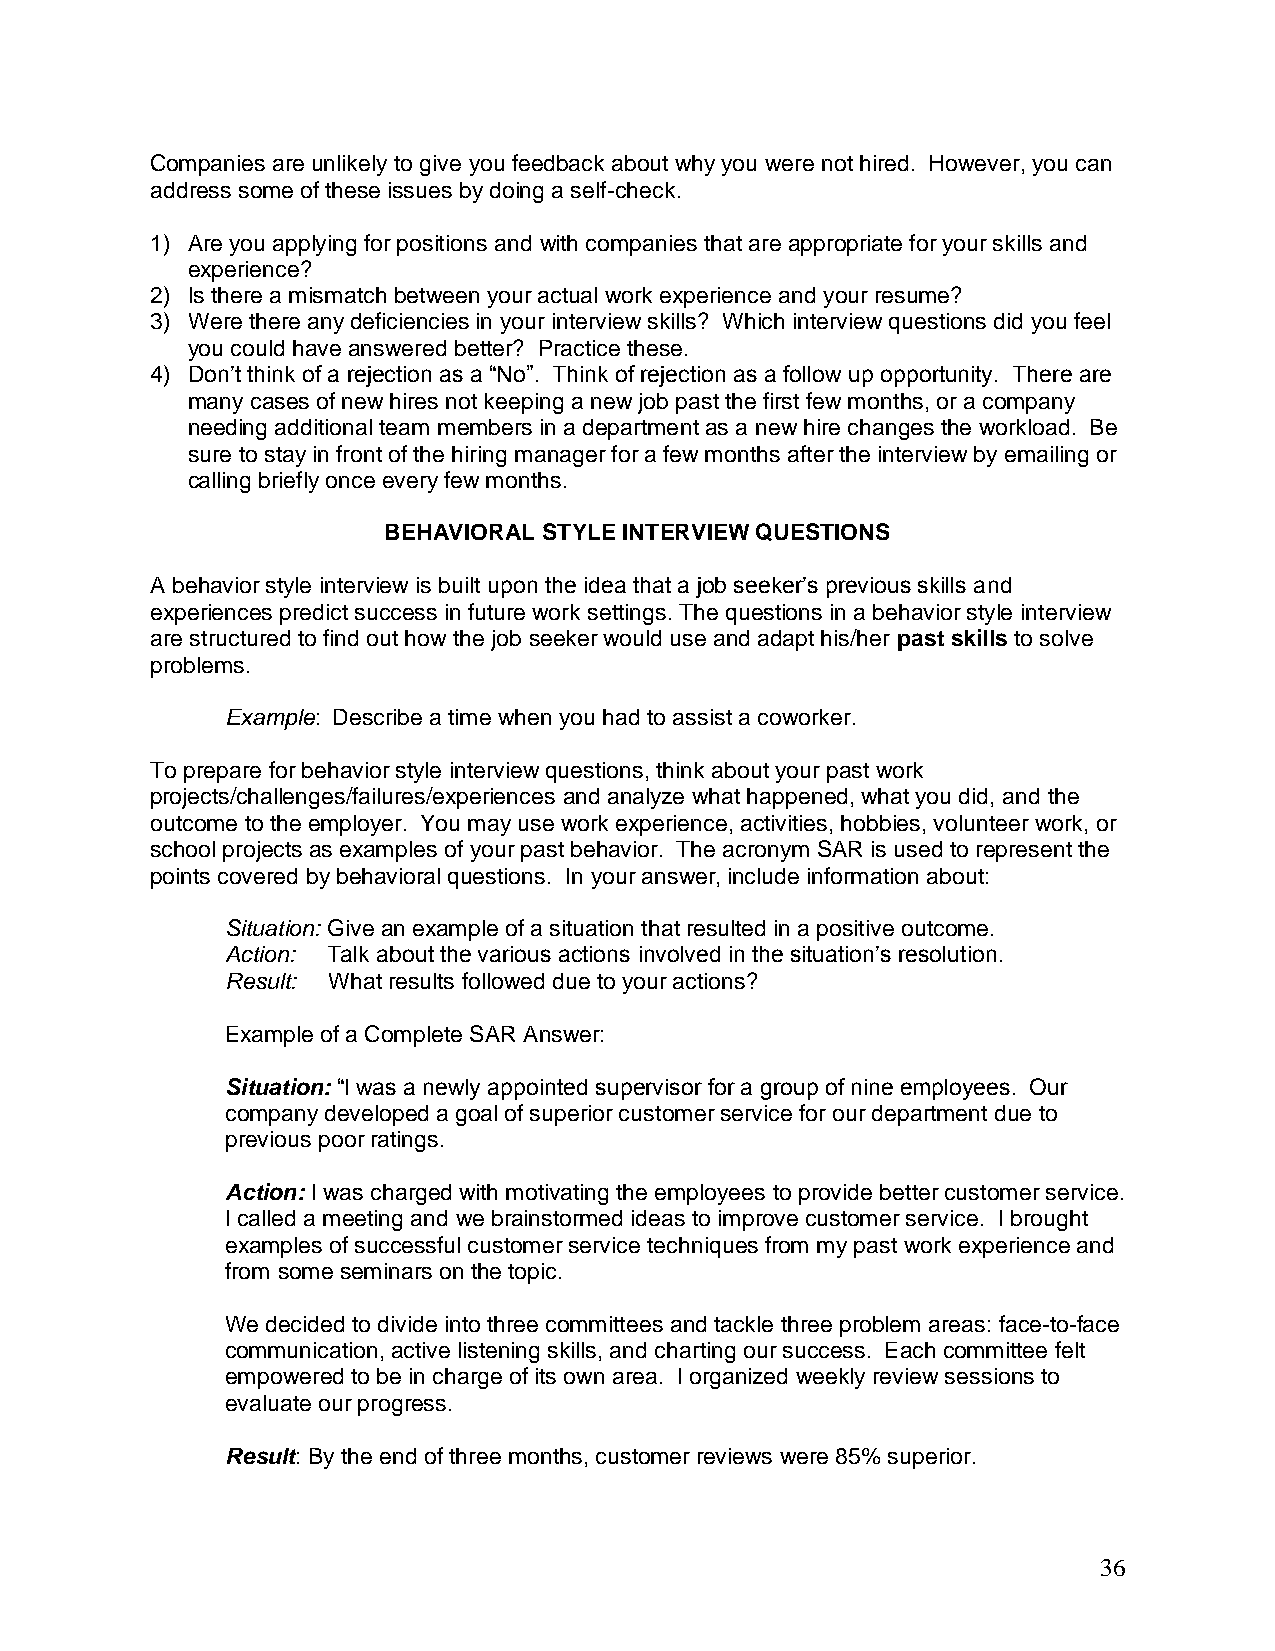
Companies are unlikely to give you feedback about why you were not hired. However, you can
 address some of these issues by doing a self-check.
 1) Are you applying for positions and with companies that are appropriate for your skills and
 experience?
 2) Is there a mismatch between your actual work experience and your resume?
 3) Were there any deficiencies in your interview skills? Which interview questions did you feel
 you could have answered better? Practice these.
 4) Don’t think of a rejection as a “No”. Think of rejection as a follow up opportunity. There are
 many cases of new hires not keeping a new job past the first few months, or a company
 needing additional team members in a department as a new hire changes the workload. Be
 sure to stay in front of the hiring manager for a few months after the interview by emailing or
 calling briefly once every few months.
 BEHAVIORAL STYLE INTERVIEW QUESTIONS
 A behavior style interview is built upon the idea that a job seeker’s previous skills and
 experiences predict success in future work settings. The questions in a behavior style interview
 are structured to find out how the job seeker would use and adapt his/her past skills to solve
 problems.
 Example: Describe a time when you had to assist a coworker.
 To prepare for behavior style interview questions, think about your past work
 projects/challenges/failures/experiences and analyze what happened, what you did, and the
 outcome to the employer. You may use work experience, activities, hobbies, volunteer work, or
 school projects as examples of your past behavior. The acronym SAR is used to represent the
 points covered by behavioral questions. In your answer, include information about:
 Situation: Give an example of a situation that resulted in a positive outcome.
 Action: Talk about the various actions involved in the situation’s resolution.
 Result: What results followed due to your actions?
 Example of a Complete SAR Answer:
 Situation: “I was a newly appointed supervisor for a group of nine employees. Our
 company developed a goal of superior customer service for our department due to
 previous poor ratings.
 Action: I was charged with motivating the employees to provide better customer service.
 I called a meeting and we brainstormed ideas to improve customer service. I brought
 examples of successful customer service techniques from my past work experience and
 from some seminars on the topic.
 We decided to divide into three committees and tackle three problem areas: face-to-face
 communication, active listening skills, and charting our success. Each committee felt
 empowered to be in charge of its own area. I organized weekly review sessions to
 evaluate our progress.
 Result: By the end of three months, customer reviews were 85% superior.
 36